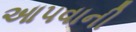
આ૫વાની